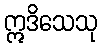
ဣဒိသေသု